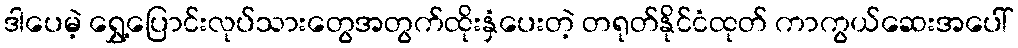
ဒါပေမဲ့ ရွှေ့ပြောင်းလုပ်သားတွေအတွက်ထိုးနှံပေးတဲ့ တရုတ်နိုင်ငံထုတ် ကာကွယ်ဆေးအပေါ်